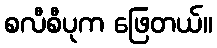
စလီစီပုက ဖြေတယ်။